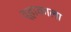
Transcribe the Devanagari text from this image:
व्हाकाला